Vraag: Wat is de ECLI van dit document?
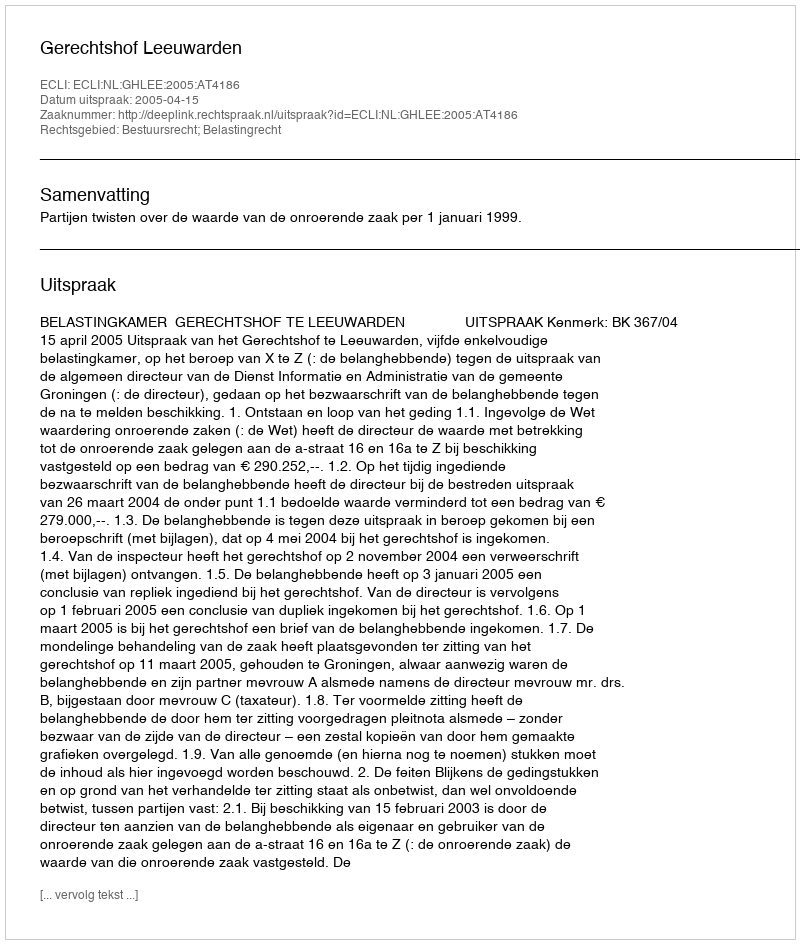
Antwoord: ECLI:NL:GHLEE:2005:AT4186